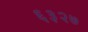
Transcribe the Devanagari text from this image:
६३२७